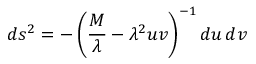
d s ^ { 2 } = - \left( { \frac { M } { \lambda } } - \lambda ^ { 2 } u v \right) ^ { - 1 } d u \, d v